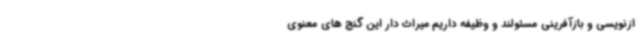
ازنویسی و بازآفرینی مسئولند و وظیفه داریم میراث دار این گنج های معنوی